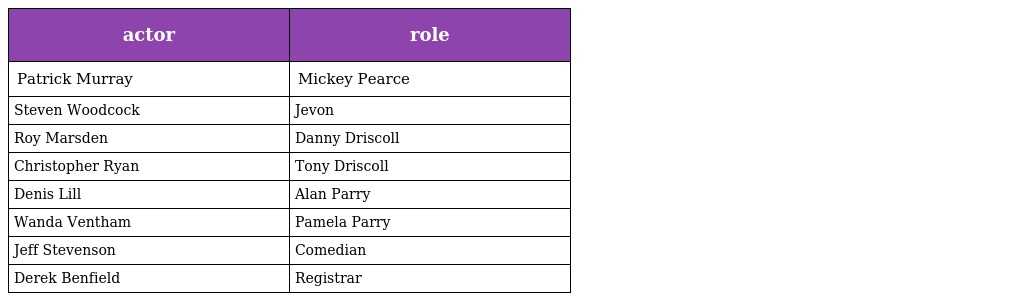
| actor | role |
 | --- | --- |
 | Patrick Murray | Mickey Pearce |
 | Steven Woodcock | Jevon |
 | Roy Marsden | Danny Driscoll |
 | Christopher Ryan | Tony Driscoll |
 | Denis Lill | Alan Parry |
 | Wanda Ventham | Pamela Parry |
 | Jeff Stevenson | Comedian |
 | Derek Benfield | Registrar |